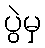
ပွဲမှ